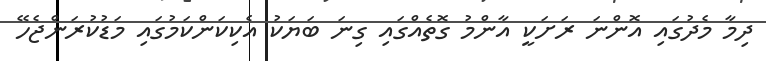
ދިމާ މެދުގައި އޮންނަ ރަށަކީ އާންމު ގޮތެއްގައި ގިނަ ބަޔަކު އެކިކަންކަމުގައި މަޑުކުރަންޖެހޭ